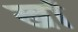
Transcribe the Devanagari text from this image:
खोें